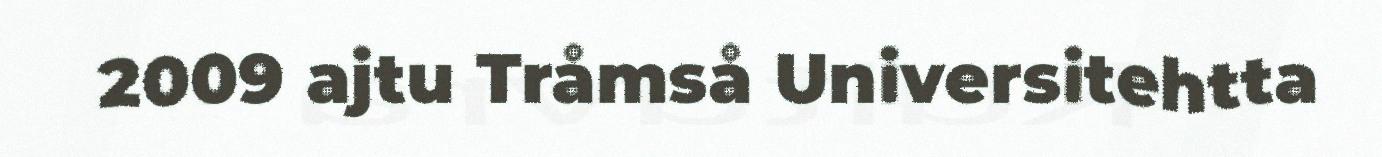
2009 ajtu Tråmså Universitehtta